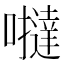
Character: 𡃿